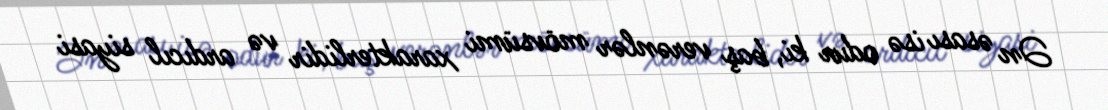
Ən əsası isə odur ki, baş verənlər mövsümi xarakterlidir və ardıcıl siyasi